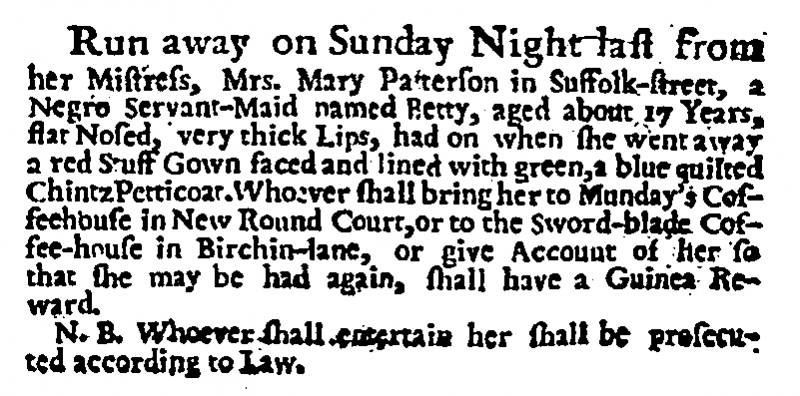
Daily Post, 26 January 1727 (England)
Run away on Sunday Night last from her Mistress, Mrs. Mary Patterson in Suffolk-street, a Negro Servant-Maid named Betty, aged about 17 Years, flat Nosed, very thick Lips, had on when she went away a red Stuff Gown faced and lined with green, a blue quilted Chintz Petticoat. Whoever shall bring her to Munday’s Coffeehouse in New Round Court, or to the Sword-blade Coffee-house in Birchin-lane, or give Account of her so that she may be had again, shall have a Guinea Reward.  N.B. Whoever shall entertain her shall be prosecuted according to Law.